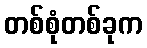
တစ်စုံတစ်ခုက